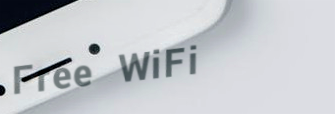
Free WiFi